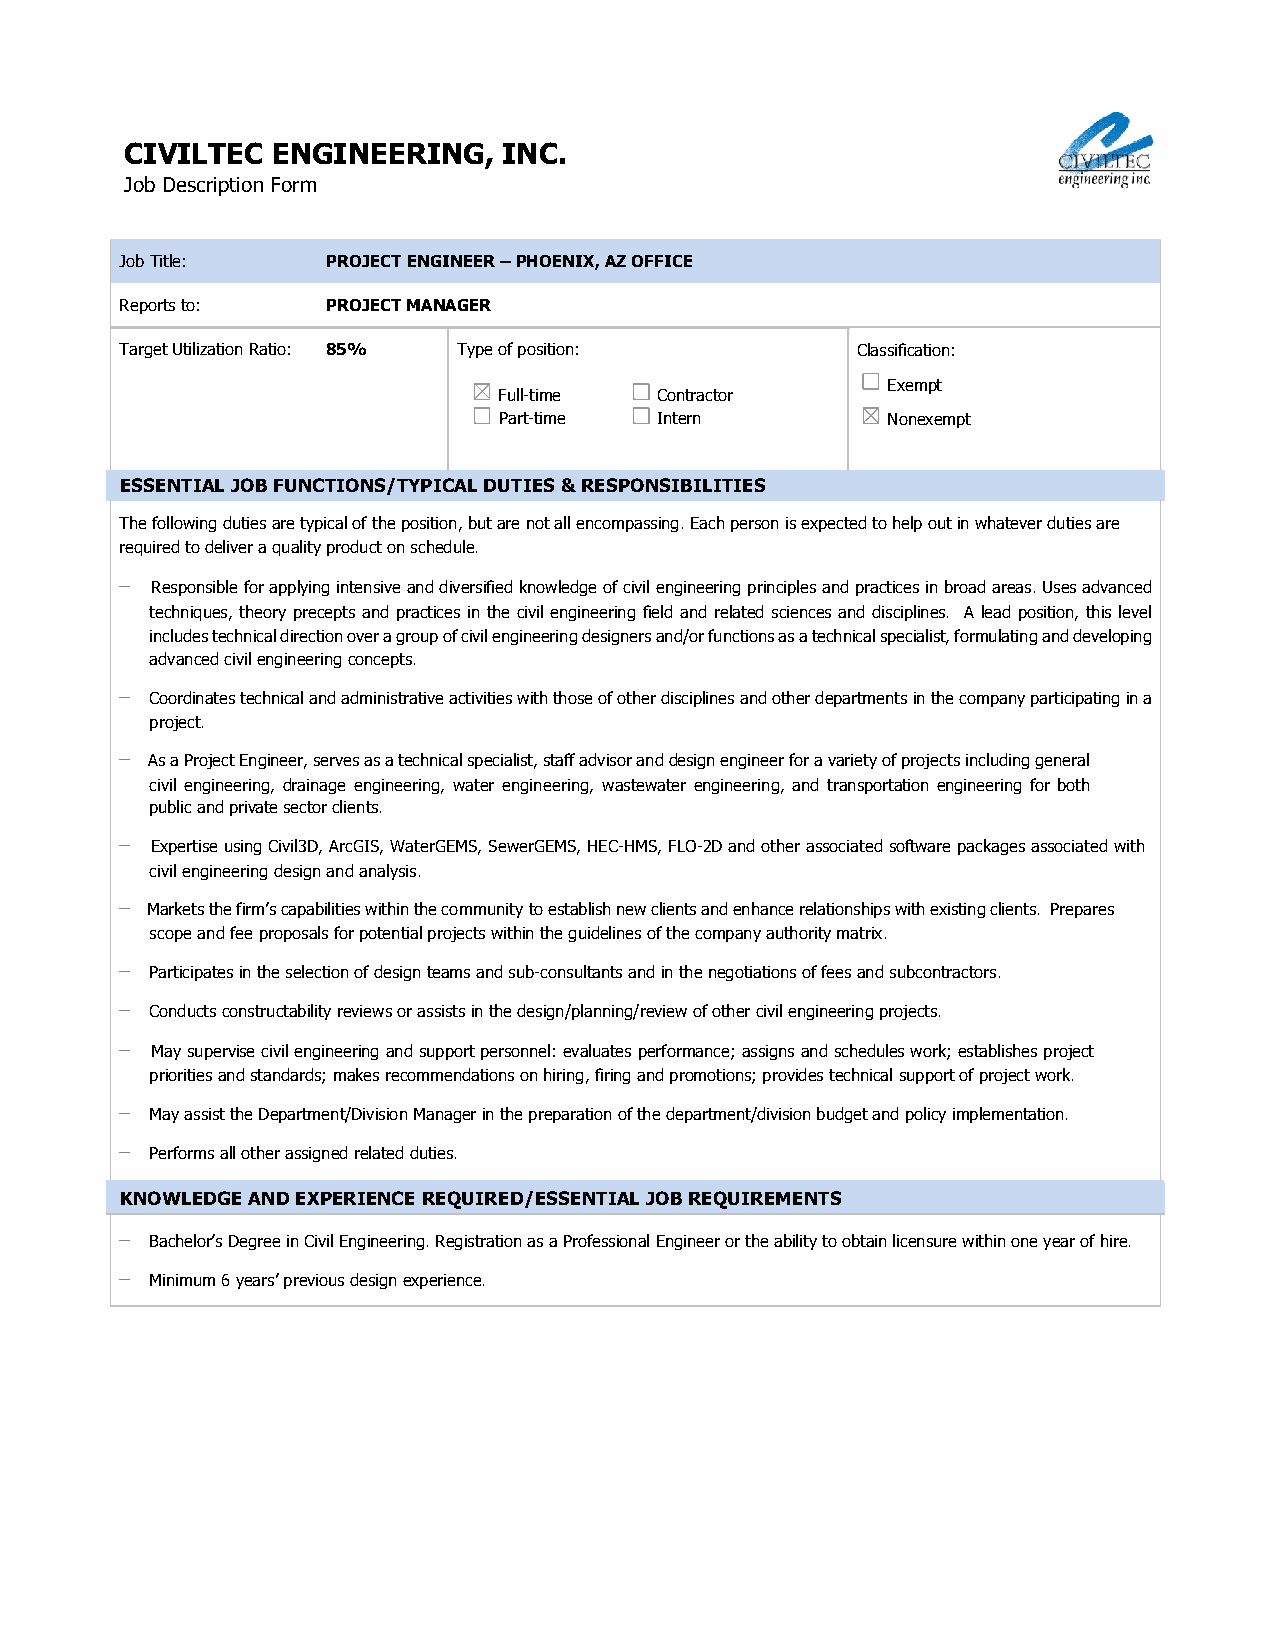
CIVILTEC  ENGINEERING,   INC.
 Job Description Form
 Job Title:    PROJECT ENGINEER – PHOENIX, AZ OFFICE
 Reports to:   PROJECT MANAGER
 Target Utilization Ratio: 85% Type of position:  Classification:
 Exempt
 Full-time Contractor
 Part-time Intern          Nonexempt
 ESSENTIAL JOB FUNCTIONS/TYPICAL DUTIES & RESPONSIBILITIES
 The following duties are typical of the position, but are not all encompassing. Each person is expected to help out in whatever duties are
 required to deliver a quality product on schedule.
 − Responsible for applying intensive and diversified knowledge of civil engineering principles and practices in broad areas. Uses advanced
 techniques, theory precepts and practices in the civil engineering field and related sciences and disciplines. A lead position, this level
 includes technical direction over a group of civil engineering designers and/or functions as a technical specialist, formulating and developing
 advanced civil engineering concepts.
 − Coordinates technical and administrative activities with those of other disciplines and other departments in the company participating in a
 project.
 − As a Project Engineer, serves as a technical specialist, staff advisor and design engineer for a variety of projects including general
 civil engineering, drainage engineering, water engineering, wastewater engineering, and transportation engineering for both
 public and private sector clients.
 − Expertise using Civil3D, ArcGIS, WaterGEMS, SewerGEMS, HEC-HMS, FLO-2D and other associated software packages associated with
 civil engineering design and analysis.
 − Markets the firm’s capabilities within the community to establish new clients and enhance relationships with existing clients. Prepares
 scope and fee proposals for potential projects within the guidelines of the company authority matrix.
 − Participates in the selection of design teams and sub-consultants and in the negotiations of fees and subcontractors.
 − Conducts constructability reviews or assists in the design/planning/review of other civil engineering projects.
 − May supervise civil engineering and support personnel: evaluates performance; assigns and schedules work; establishes project
 priorities and standards; makes recommendations on hiring, firing and promotions; provides technical support of project work.
 − May assist the Department/Division Manager in the preparation of the department/division budget and policy implementation.
 − Performs all other assigned related duties.
 KNOWLEDGE AND EXPERIENCE REQUIRED/ESSENTIAL JOB REQUIREMENTS
 − Bachelor’s Degree in Civil Engineering. Registration as a Professional Engineer or the ability to obtain licensure within one year of hire.
 − Minimum 6 years’ previous design experience.